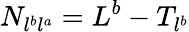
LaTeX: N_{l^{b}l^{a}}=L^{b}-T_{l^{b}}